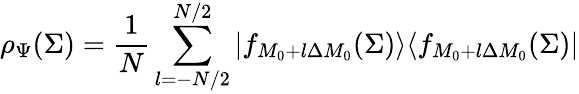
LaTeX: \rho_{\Psi}(\Sigma)={\frac{1}{N}}\sum_{l=-N/2}^{N/2}|f_{M_{0}+l\Delta M_{0}}(\Sigma)\rangle\langle f_{M_{0}+l\Delta M_{0}}(\Sigma)|